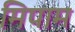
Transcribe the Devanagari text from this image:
मिपाम